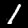
Label: 1